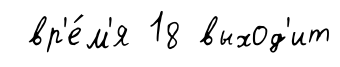
вр'е́м'я 18 выход'ит